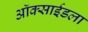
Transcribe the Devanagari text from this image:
ऑक्साईडला